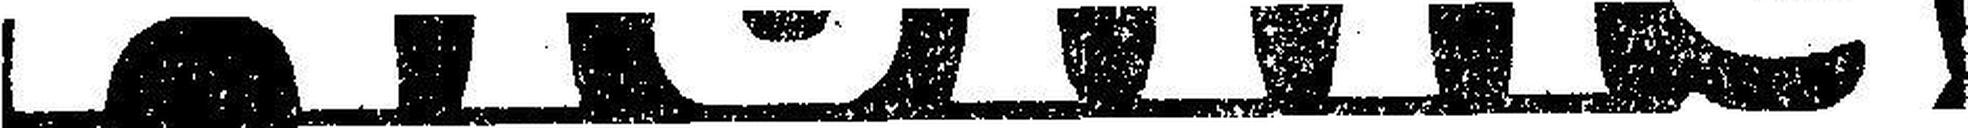
Aibling